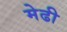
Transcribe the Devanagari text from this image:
मेढी